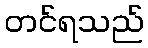
တင်ရသည်